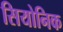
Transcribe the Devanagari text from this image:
सियोनिक